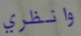
وانظري